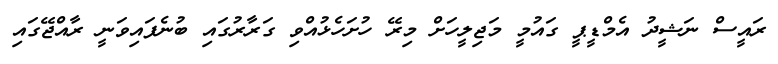
ރައީސް ނަޝީދު އެމްޑީޕީ ގައުމީ މަޖިލީހަށް މިރޭ ހުށަހެޅުއްވި ގަރާރުގައި ބުނެފައިވަނީ ރާއްޖޭގައި